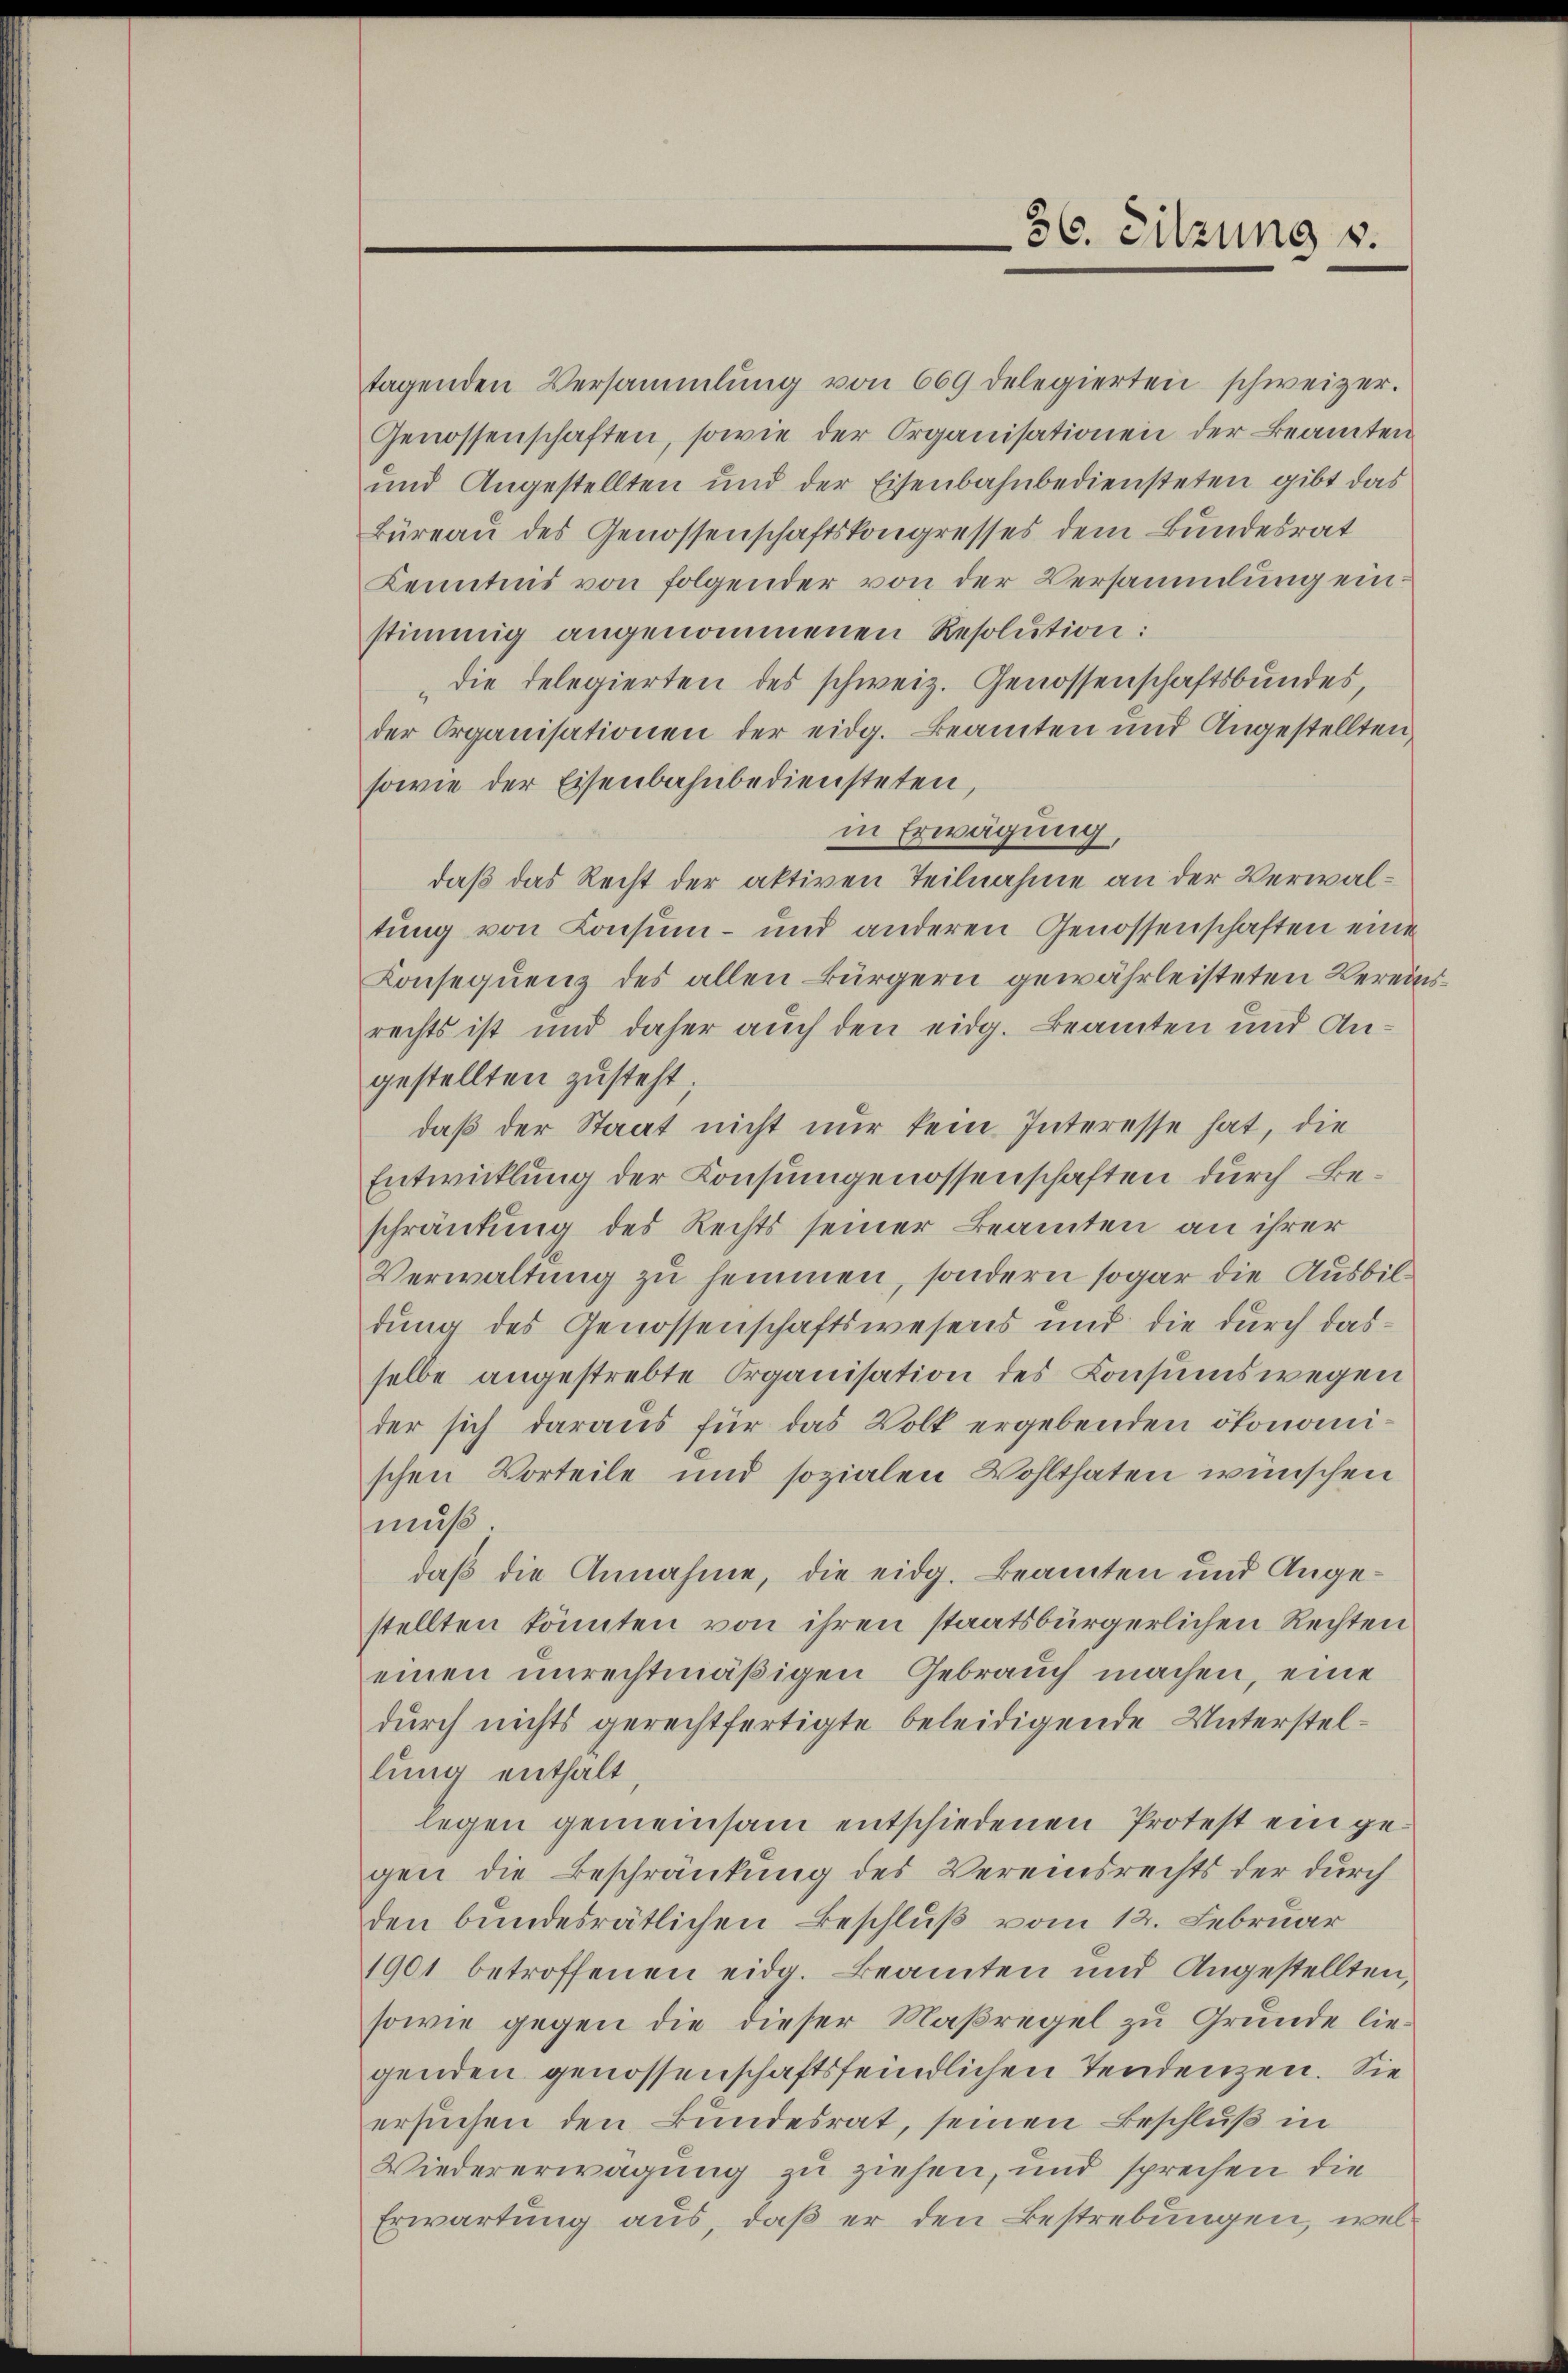
tagenden Versammlung von 669 delegierten schweizer.
Genossenschaften, sowie der Organisationen der Beamten
und Angestellten und der Eisenbahnbediensteten gibt das
Büreau des Genossenschaftskongresses dem Bundesrat
Kenntnis von folgender von der Versammlung einstimmig angenommenen Resolution:
die delegierten des schweiz. Genossenschaftsbundes,
der Organisationen der eidg. Beamten und Angestellten,
sowie der Eisenbahnbediensteten,
in Erwägung
daß das Recht der aktiven Teilnahme an der Verwaltung von Consum- und anderen Genossenschaften eine
Konsequenz des allen Bürgern gewährleisteten Vereinsrechts ist und daher auch den eidg. Beamten und Angestellten zusteht;
daß der Staat nicht nur kein Interesse hat, die
Entwicklung der Konsungenossenschaften durch Beschränkung des Rechts seiner Beamten an ihrer
Verwaltung zu hemmen, sondern sogar die Ausbildung des Genossenschaftswesens und die durch dasselbe angestrebte Organisation des Consumswegen
der sich daraus für das Volk ergebenden ökonomischen Vorteile und sozialen Wohlthaten wünschen
muß.
daß die Annahme, die eidg. Beamten und Angestellten könnten von ihren staatsbürgerlichen Rechten
einen unrechtmäßigen Gebrauch machen, eine
durch nichts gerechtfertigte beleidigende Unterstellung enthalt
legen gemeinsam entschiedenen Protest ein gegen die Beschränkung des Vereinsrechts der durch
den bundesrätlichen Beschluß vom 12. Februar
1901 betroffenen eidg. Beamten und Angestellten,
sowie gegen die dieser Maßregel zu Grunde liegenden genossenschaftsfeindlichen Tendenzen. Sie
ersuchen den Bundesrat, seinen Beschluß in
Wiedererwägung zu ziehen, und sprechen die
Erwartung aus, daß er den Bestrebungen, wel¬

36. Sitzung v.